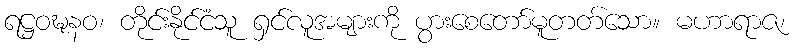
ရဋ္ဌဝဍ္ဎနဝ၊ တိုင်းနိုင်ငံသူ ရှင်လူအများကို ပွားစေတော်မူတတ်သော။ မဟာရာဇ၊